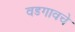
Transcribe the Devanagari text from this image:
वडगावचे